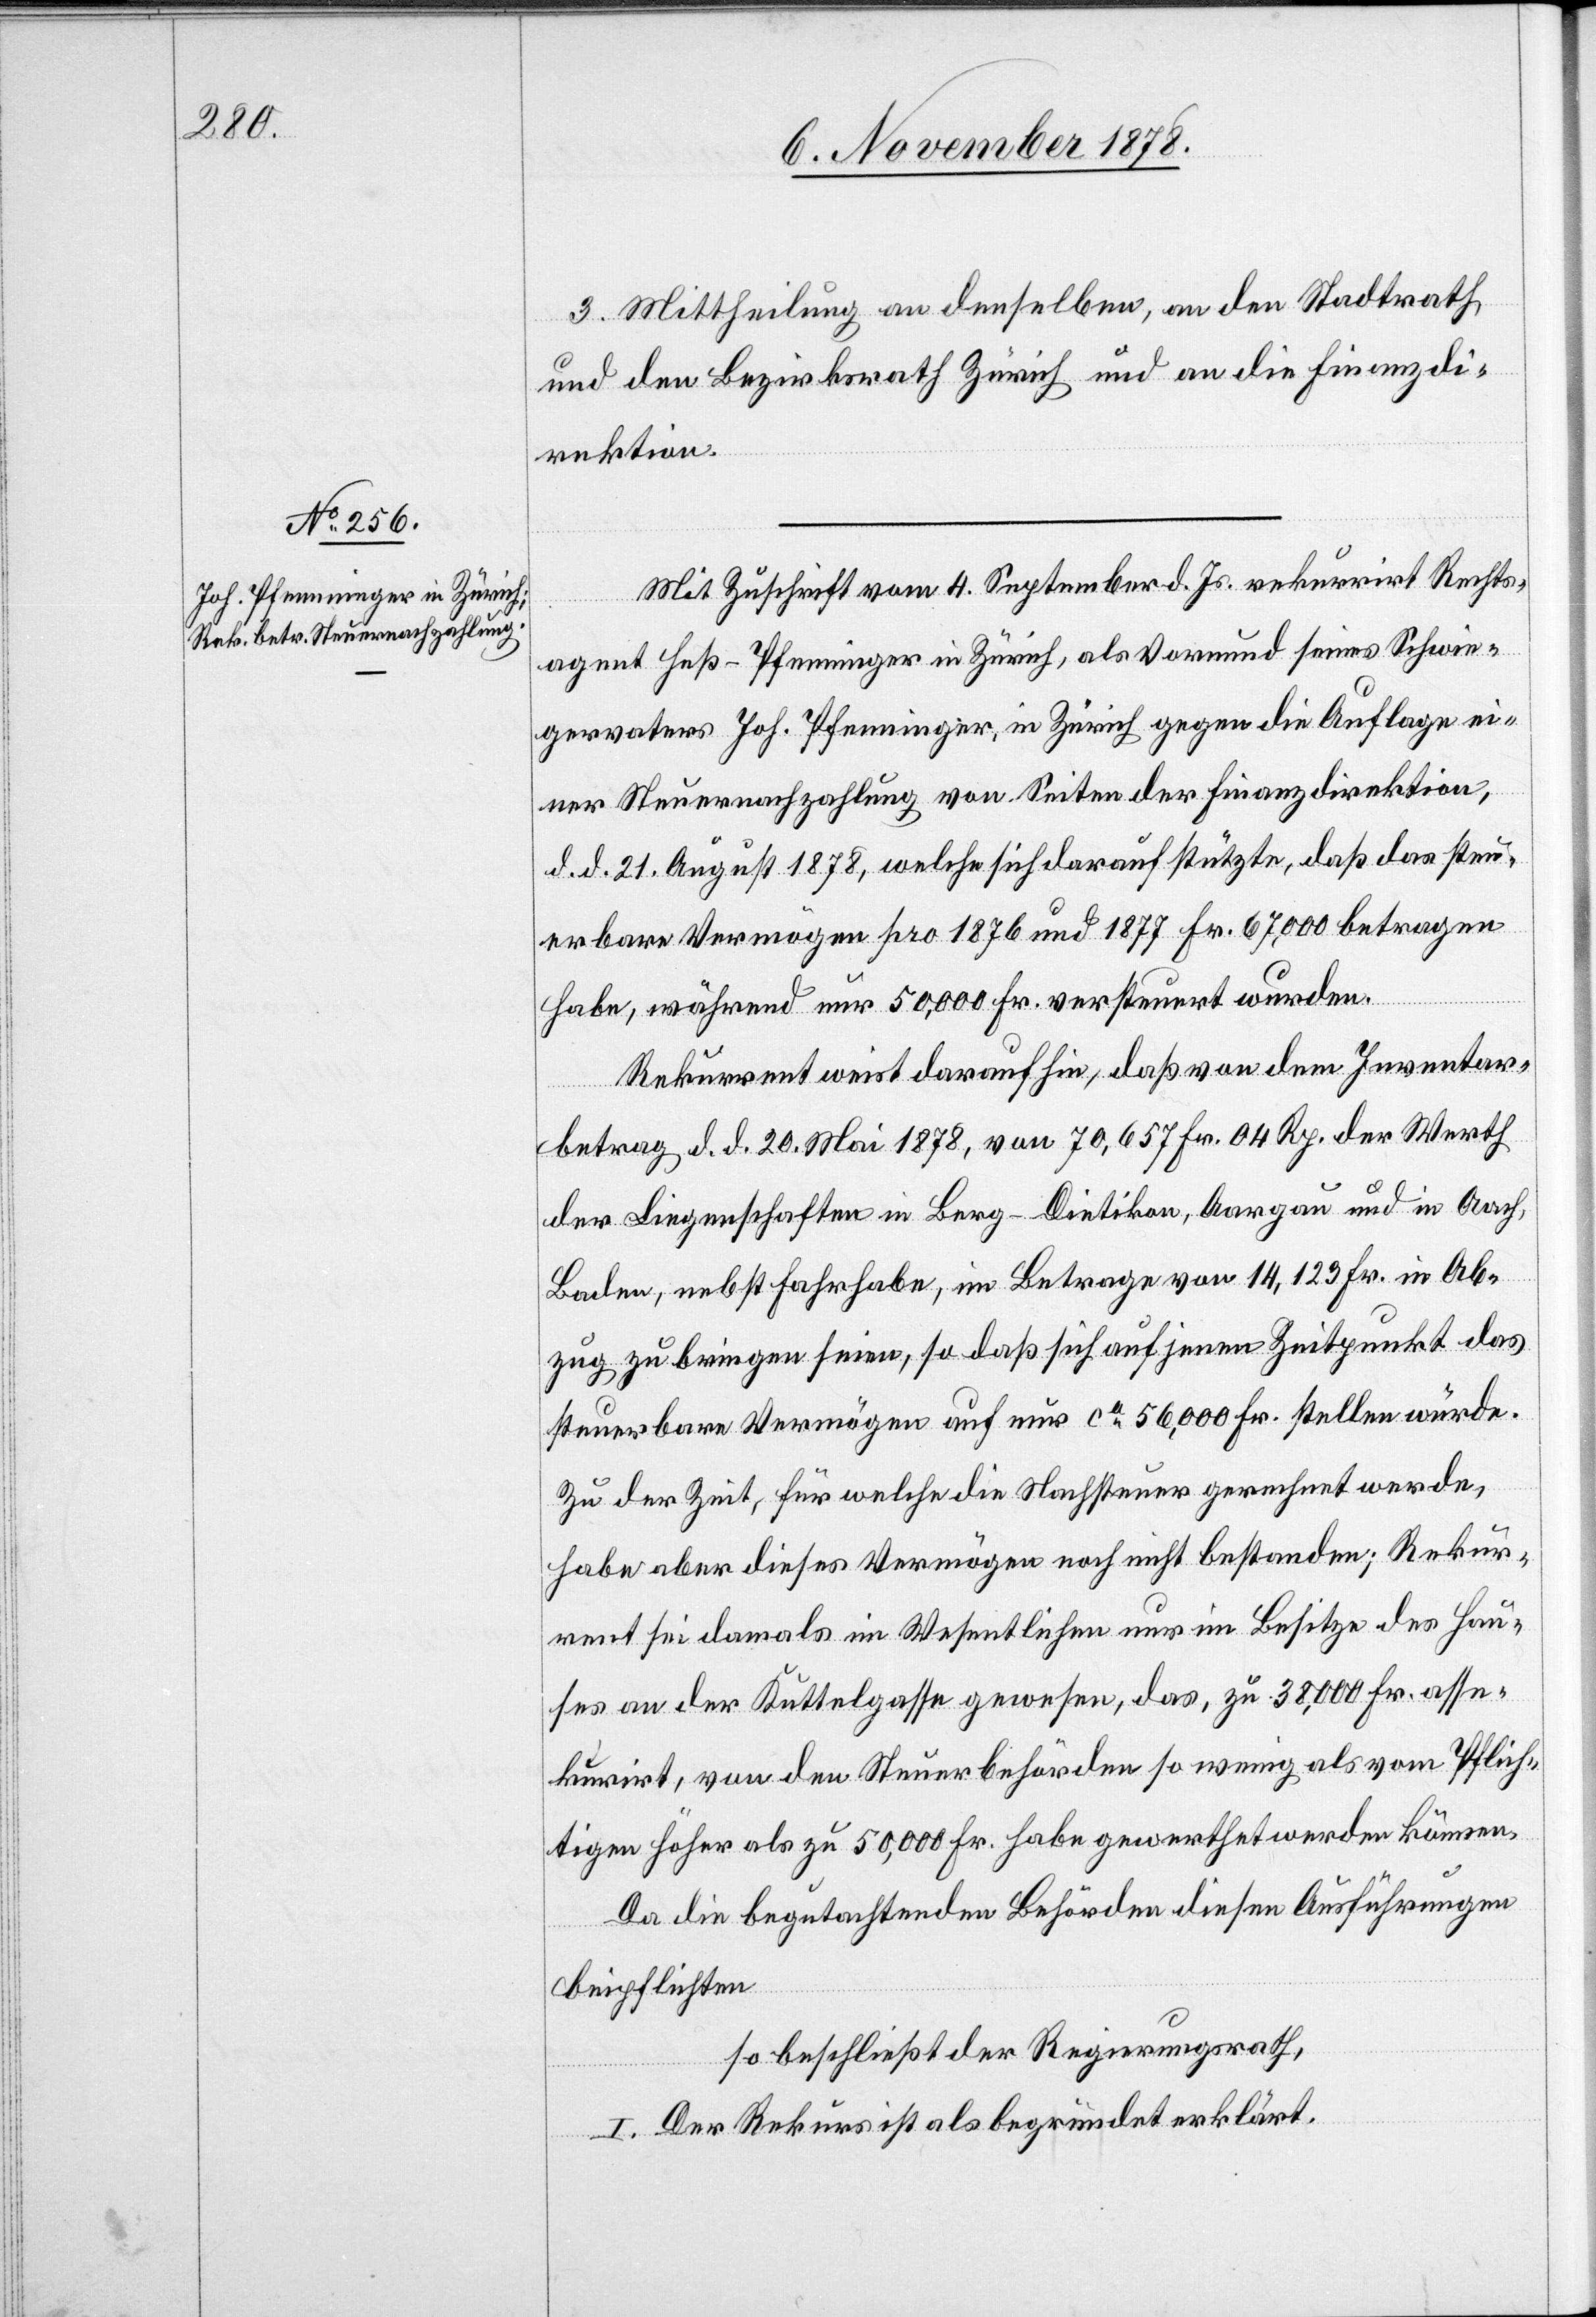
3. Mittheilung an denselben, an den Stadtrath
und den Bezirksrath Zürich und an die Finanzdi¬
rektion.
Mit Zuschrift vom 4. September d. Js. rekurrirt Rechts¬
agent Heß-Pfenninger in Zürich, als Vormund seines Schwie¬
gervaters Joh. Pfenninger, in Zürich gegen die Auflage ei¬
ner Steuernachzahlung von Seiten der Finanzdirektion,
d. d. 21. August 1878, welche sich darauf stützte, daß das steu¬
erbare Vermögen pro 1878 und 1877 Fr. 67,000 betragen
habe, während nur 50,000 Fr. versteuert wurden.
Rekurrent weist daraufhin, daß von dem Inventar¬
betrag d. d. 20. Mai 1878, von 70,657 Fr. 04 Rp. der Werth
der Liegenschaften in Berg - Dietikon, Aargau und in Aach,
Baden, nebst Fahrhabe, im Betrage von 14,123 Fr. in Ab¬
zug zu bringen seien, so daß sich auf jenen Zeitpunkt das
steuerbare Vermögen auf nur ca 56,000 Fr. stellen würde.
Zu der Zeit, für welche die Nachsteuer gerechnet werde,
habe aber dieses Vermögen noch nicht bestanden; Rekur¬
rent sei damals im Wesentlichen nur im Besitze des Hau¬
ses an der Kuttelgasse gewesen, das, zu 38,000 Fr. asse¬
kurirt, von den Steuerbehörden so wenig als vom Pflich¬
tigen höher als zu 50,000 Fr. habe gewerthet werden können.
Da die begutachtenden Behörden diesen Ausführungen
beipflichten
so beschließt der Regierungsrath,
I. Der Rekurs ist als begründet erklärt.